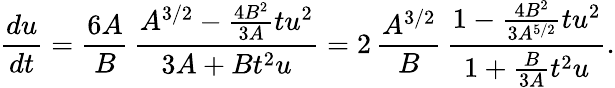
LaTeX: \frac{du}{dt}=\frac{6A}{B}\, \frac{A^{3/2}-\frac{4B^{2}}{3A}tu^{2}}{3A+Bt^{2}u}=2\, \frac{A^{3/2}}{B}\, \frac{1-\frac{4B^{2}}{3A^{5/2}}tu^{2}}{1+\frac{B}{3A}t^{2}u}.